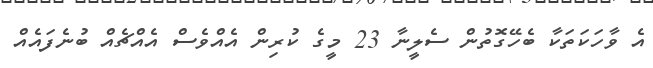
އެ ވާހަކަތަކާ ބެހޭގޮތުން ސެލީނާ 23 މީގެ ކުރިން އެއްވެސް އެއްޗެއް ބުނެފައެއް